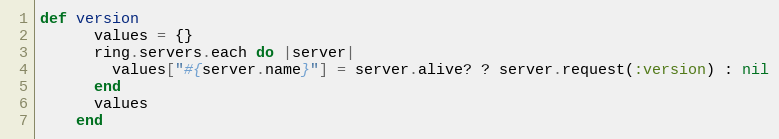
Language: Ruby
def version
      values = {}
      ring.servers.each do |server|
        values["#{server.name}"] = server.alive? ? server.request(:version) : nil
      end
      values
    end